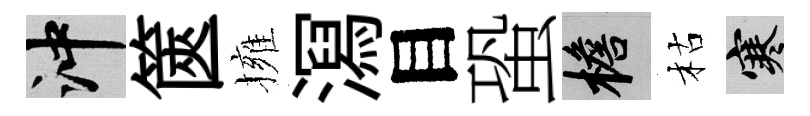
冲篋擁㵼目蛩檐枯寒